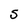
Character: S